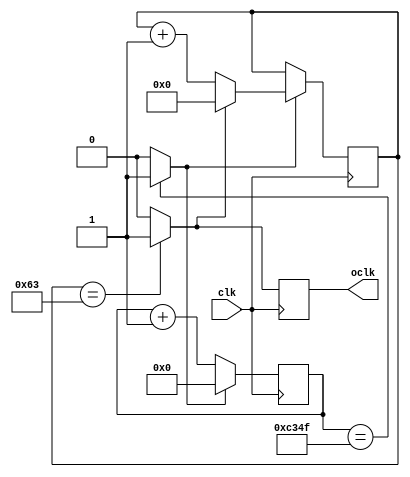
module Timer(clk, oclk);
	parameter scale=100;
	input clk;
	output oclk;
	
	reg [15:0] cnt1;
	reg [11:0] cnt2;
	reg [3:0] dcnt;
	wire iclk1;
	wire iclk2;
	reg rclk;
	
	assign iclk1=(cnt1==16'd49999) ? 1'b1 : 1'b0;
	
	always @(posedge clk) begin
		if(iclk1==1'b1)
			cnt1=0;
		else
			cnt1=cnt1+1;
	end
	
	assign iclk2=(cnt2==(scale-1)) ? 1'b1 : 1'b0;
	always @(posedge clk) begin
		if(iclk1==1'b1)
			if(iclk2==1'b1)
				cnt2=0;
			else
				cnt2=cnt2+1;
			end


	
	always @(posedge clk)
		rclk=iclk2;
	assign oclk=rclk;
	
endmodule